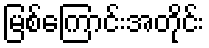
မြစ်ကြောင်းအတိုင်း